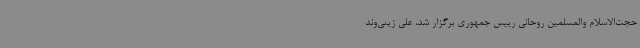
حجت‌الاسلام والمسلمین روحانی رییس جمهوری برگزار شد، علی‌ زینی‌وند